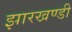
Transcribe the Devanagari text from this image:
झारखण्‍डी